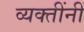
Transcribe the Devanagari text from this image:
व्यक्तींनीं